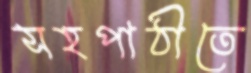
সহপাঠীতে